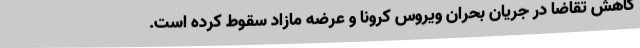
کاهش تقاضا در جریان بحران ویروس کرونا و عرضه مازاد سقوط کرده است.